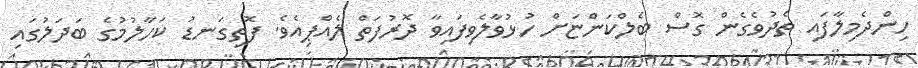
ހިންދެމިލާފައި ތެދުވެގެން ގޮސް ބެލްކަންޏަށް ހުޅުވާލެވިފައިވާ ދޮރުފަތް ލެއްޕިއެވެ. ފޮތިގަނޑު ކަހާލުމުގެ ބަދަލުގައި